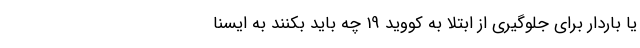
یا باردار برای جلوگیری از ابتلا به کووید 19 چه باید بکنند به ایسنا